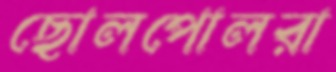
ছোলপোলরা